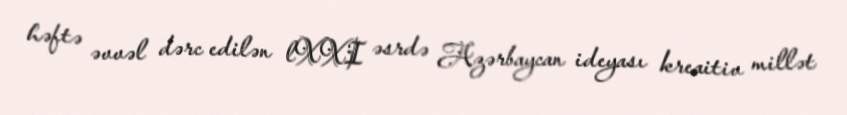
həftə əvvəl dərc edilən lXXI əsrdə Azərbaycan ideyası kreaitiv millət